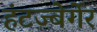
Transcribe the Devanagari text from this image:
हंटज्बेर्गेर